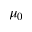
\mu _ { 0 }